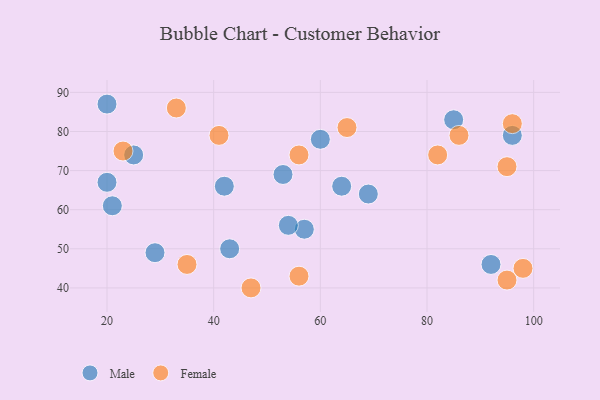
{"axis": {"x": "GDP", "y": "Life Expectancy"}, "legend": ["Female", "Male"], "data": [{"x": "96", "y": 79, "type": "Male"}, {"x": "25", "y": 74, "type": "Male"}, {"x": "42", "y": 66, "type": "Male"}, {"x": "92", "y": 46, "type": "Male"}, {"x": "20", "y": 87, "type": "Male"}, {"x": "53", "y": 69, "type": "Male"}, {"x": "20", "y": 67, "type": "Male"}, {"x": "69", "y": 64, "type": "Male"}, {"x": "60", "y": 78, "type": "Male"}, {"x": "57", "y": 55, "type": "Male"}, {"x": "54", "y": 56, "type": "Male"}, {"x": "43", "y": 50, "type": "Male"}, {"x": "64", "y": 66, "type": "Male"}, {"x": "85", "y": 83, "type": "Male"}, {"x": "21", "y": 61, "type": "Male"}, {"x": "29", "y": 49, "type": "Male"}, {"x": "86", "y": 79, "type": "Female"}, {"x": "96", "y": 82, "type": "Female"}, {"x": "56", "y": 74, "type": "Female"}, {"x": "35", "y": 46, "type": "Female"}, {"x": "23", "y": 75, "type": "Female"}, {"x": "41", "y": 79, "type": "Female"}, {"x": "33", "y": 86, "type": "Female"}, {"x": "56", "y": 43, "type": "Female"}, {"x": "95", "y": 71, "type": "Female"}, {"x": "82", "y": 74, "type": "Female"}, {"x": "47", "y": 40, "type": "Female"}, {"x": "65", "y": 81, "type": "Female"}, {"x": "98", "y": 45, "type": "Female"}, {"x": "95", "y": 42, "type": "Female"}]}